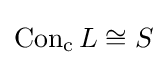
{\rm {Con_{c}}}\,L\cong S